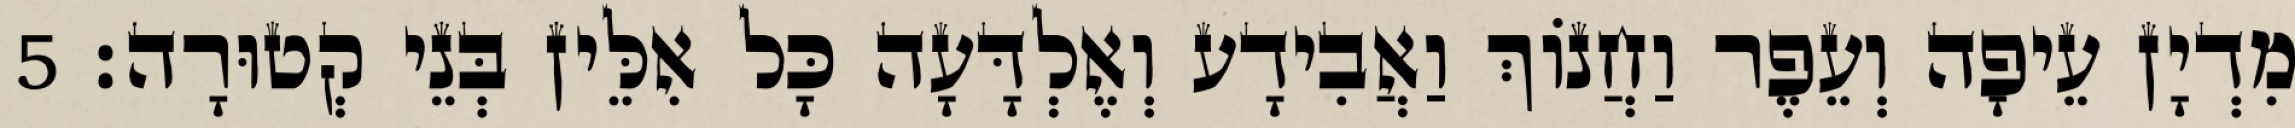
מִדְיָן עֵיפָה וְעֵפֶר וַחֲנוֹךְ וַאֲבִידָע וְאֶלְדָּעָה כָּל אִלֵּין בְּנֵי קְטוּרָה׃ 5